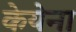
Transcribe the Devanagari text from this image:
केयेना